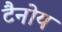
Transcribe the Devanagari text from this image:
टैनोय